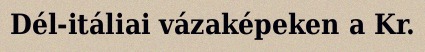
Dél-itáliai vázaképeken a Kr.